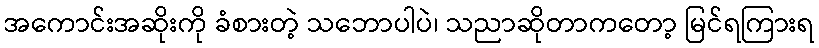
အကောင်းအဆိုးကို ခံစားတဲ့ သဘောပါပဲ၊ သညာဆိုတာကတော့ မြင်ရကြားရ